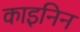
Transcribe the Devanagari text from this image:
काइनिन